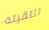
التقيته